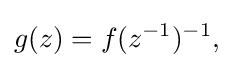
\displaystyle {g(z)=f(z^{-1})^{-1},}